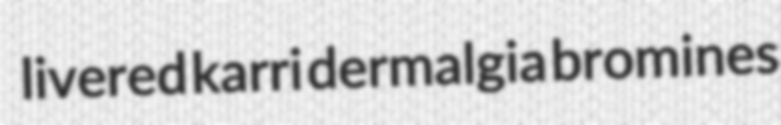
livered karri dermalgia bromines